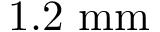
1 . 2 ~ \mathrm { m m }